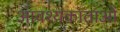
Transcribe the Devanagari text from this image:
आवश्यकाताओं